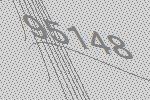
95148